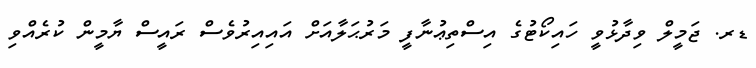
ޑރ. ޖަމީލް ވިދާޅުވީ ހައިކޯޓުގެ އިސްތިޢުނާފީ މަރުޙަލާއަށް އައިއިރުވެސް ރައީސް ޔާމީން ކުރެއްވި